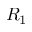
R _ { 1 }